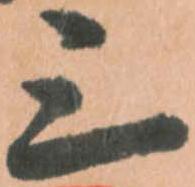
三